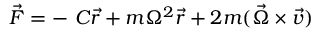
{ \vec { F } } = - \ C { \vec { r } } + m \Omega ^ { 2 } { \vec { r } } + 2 m ( { \vec { \Omega } } \times { \vec { v } } )